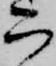
ラ